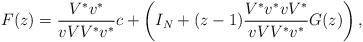
LaTeX: \begin{align*}F(z)=\frac{V^*v^*}{vVV^*v^*}c+\left(I_N+(z-1)\frac{V^*v^*vV^*}{{vVV^*v^*}}G(z)\right),\end{align*}